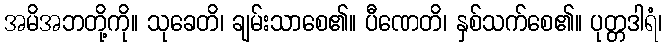
အမိအဘတို့ကို။ သုခေတိ၊ ချမ်းသာစေ၏။ ပီဏေတိ၊ နှစ်သက်စေ၏။ ပုတ္တဒါရံ၊